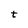
Character: t